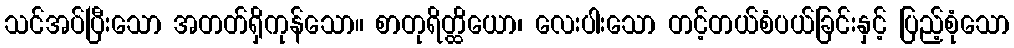
သင်အပ်ပြီးသော အတတ်ရှိကုန်သော။ စာတုရိတ္ထိယော၊ လေးပါးသော တင့်တယ်စံပယ်ခြင်းနှင့် ပြည့်စုံသော